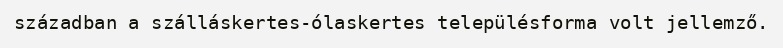
században a szálláskertes-ólaskertes településforma volt jellemző.